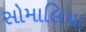
સોમાલિયા